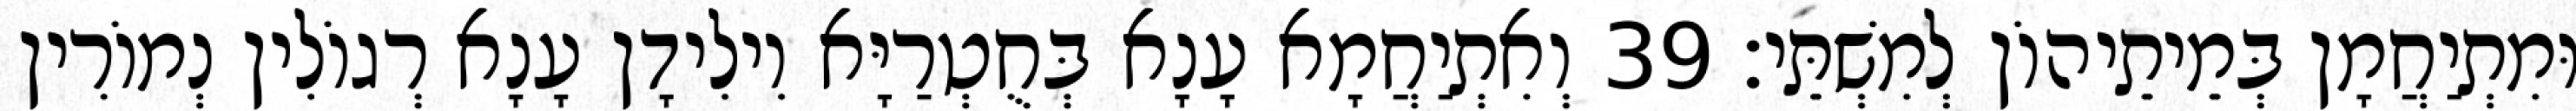
וּמִתְיַחֲמָן בְּמֵיתֵיהוֹן לְמִשְׁתֵּי׃ 39 וְאִתְיַחֲמָא עָנָא בְּחֻטְרַיָּא וִילִידָן עָנָא רְגוֹלִין נְמוֹרִין